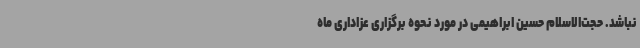
نباشد. حجت‌الاسلام حسین ابراهیمی در مورد نحوه برگزاری عزاداری ماه